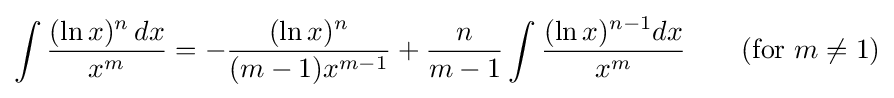
\int {\frac {(\ln x)^{n}\,dx}{x^{m}}}=-{\frac {(\ln x)^{n}}{(m-1)x^{m-1}}}+{\frac {n}{m-1}}\int {\frac {(\ln x)^{n-1}dx}{x^{m}}}\qquad {\mbox{(for }}m\neq 1{\mbox{)}}